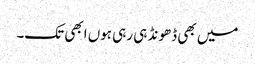
میں بھی ڈھونڈ ہی رہی ہوں ابھی تک۔